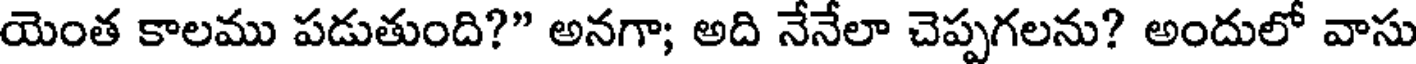
యెంత కాలము పడుతుంది?" అనగా; అది నేనేలా చెప్పగలను? అందులో వాసు